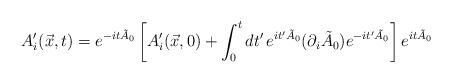
LaTeX: \begin{align*}A'_{i}(\vec{x},t) = e^{-it\tilde{A}_{0}}\left[A'_{i}(\vec{x},0) +\int_{0}^{t}dt'\, e^{it'\tilde{A}_{0}} (\partial_{i}\tilde{A}_{0})e^{-it'\tilde{A}_{0}} \right] e^{it\tilde{A}_{0}}\end{align*}